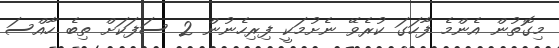
މިގޮތުން އެންމެ ފާހަގަ ކުރެވޭ ނެށުމަކީ ފިރިހެނުން 2 ސަފަކަށް ތިބެ ހާއްސަ